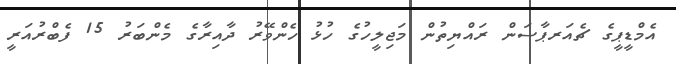
އެމްޑީޕީގެ ޗެއަރޕާސަން ރައްޔިތުން މަޖިލީހުގެ ހުޅު ހެންވޭރު ދާއިރާގެ މެންބަރު 15 ފެބްރުއަރީ